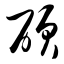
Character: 硕